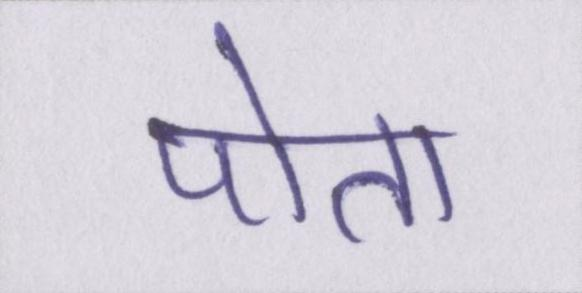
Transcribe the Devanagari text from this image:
पोता